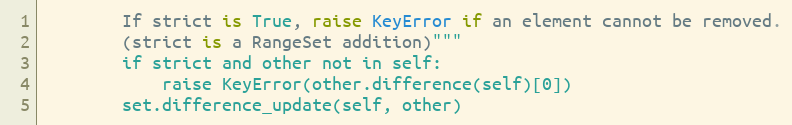
Language: Python
        If strict is True, raise KeyError if an element cannot be removed.
        (strict is a RangeSet addition)"""
        if strict and other not in self:
            raise KeyError(other.difference(self)[0])
        set.difference_update(self, other)